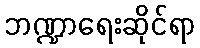
ဘဏ္ဍာရေးဆိုင်ရာ